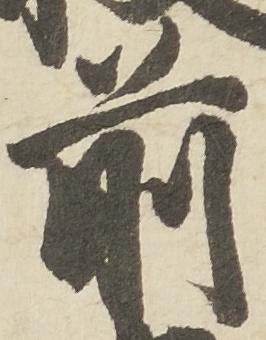
前